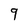
Character: 9